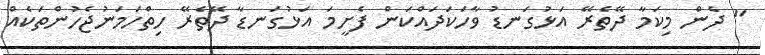
" ދެން މިކަމާ ދޭތެރޭ އަޅުގަނޑު ވާހަކަދައްކަން ފެށީމަ އަޅުގަނޑާ ދޭތެރޭ ހިތްހަމަނުޖެހުންތަކެއް